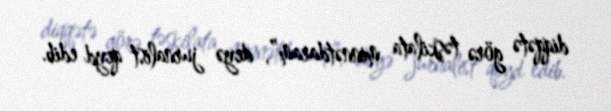
diqqətə görə təşkilata minnətdaram”, deyə jurnalist qeyd edib.